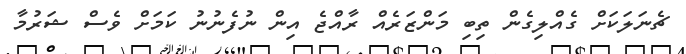
ޗެނަލަކަށް ގެއްލިގެން ތިބި މަންޒަރެއް ރާއްޖެ އިން ނުފެނުނު ކަމަށް ވެސް ޝަރުމާ